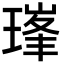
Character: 𪼇